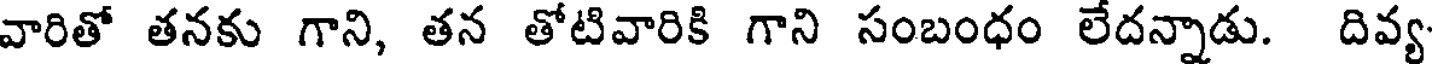
వారితో తనకు గాని, తన తోటివారికి గాని సంబంధం లేదన్నాడు. దివ్య